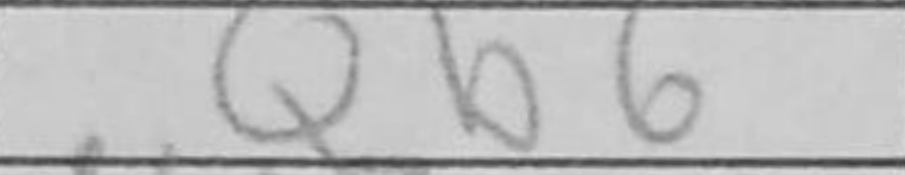
Transcription: Qb6